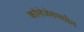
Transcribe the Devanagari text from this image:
कॉलेजेसमधील